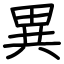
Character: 異